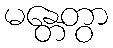
မန္တေတွာ